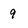
Character: 9